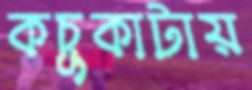
কচুকাটায়